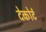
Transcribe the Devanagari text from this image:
देकोर्ट